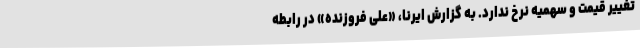
تغییر قیمت و سهمیه نرخ ندارد. به گزارش ایرنا، «علی فروزنده» در رابطه‌